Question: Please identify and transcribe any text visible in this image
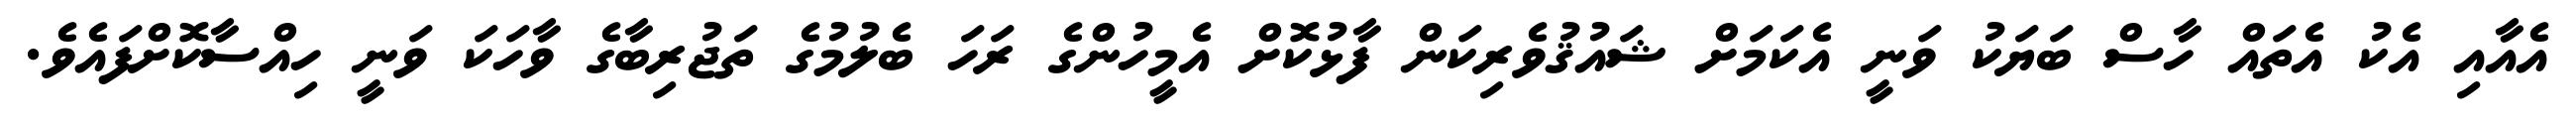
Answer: އެއާއި އެކު އެތައް ހާސް ބަޔަކު ވަނީ އެކަމަށް ޝައުޤުވެރިކަން ފާޅުކޮށް އެމީހުންގެ ރަހަ ބެލުމުގެ ތަޖުރިބާގެ ވާހަކަ ވަނީ ހިއްސާކޮށްފައެވެ.